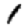
Digit: 1